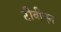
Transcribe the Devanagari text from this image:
टीवीएन